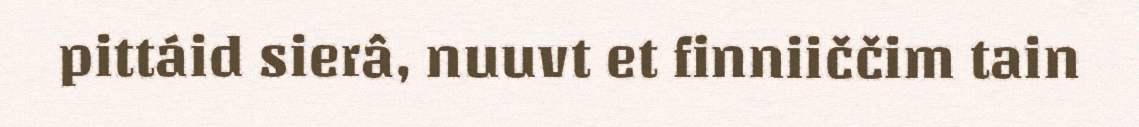
pittáid sierâ, nuuvt et finniiččim tain